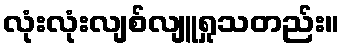
လုံးလုံးလျစ်လျူရှုသတည်း။